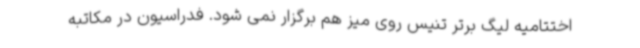
اختتامیه لیگ برتر تنیس روی میز هم برگزار نمی شود. فدراسیون در مکاتبه